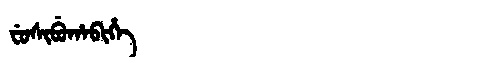
Manchu: ᠸᡠᠰᡳᠪᡠᡥᠠᠪᡳᡥᡝ
Romanization: FUSIBUHABIHE